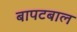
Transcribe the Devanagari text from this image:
बापटबाल